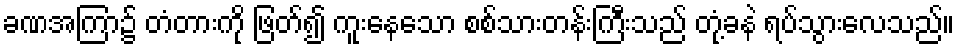
ခဏအကြာ၌ တံတားကို ဖြတ်၍ ကူးနေသော စစ်သားတန်းကြီးသည် တုံ့ခနဲ ရပ်သွားလေသည်။